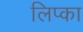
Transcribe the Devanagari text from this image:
लिप्का